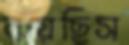
বয়েছিস